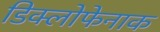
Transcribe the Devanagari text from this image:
डिक्लोफेनाक